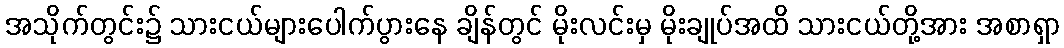
အသိုက်တွင်း၌ သားငယ်များပေါက်ပွားနေ ချိန်တွင် မိုးလင်းမှ မိုးချုပ်အထိ သားငယ်တို့အား အစာရှာ